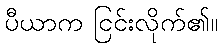
ပီယာက ငြင်းလိုက်၏။